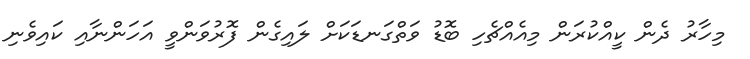
މިހާރު ދެން ކީއްކުރަން މިއެއްޗެހި ބޮޑު ވަތްގަނޑަކަށް ލައިގެން ފޮރުވަންވީ އަހަަންނާއި ކައިވެނި